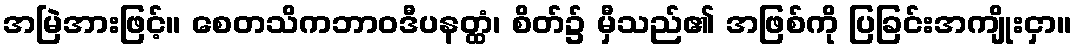
အမြဲအားဖြင့်။ စေတသိကဘာဝဒီပနတ္ထံ၊ စိတ်၌ မှီသည်၏ အဖြစ်ကို ပြခြင်းအကျိုးငှာ။